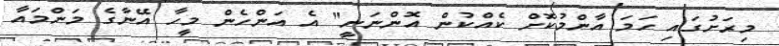
މިރަށުގައި ހަމަ އާންމުކޮށް ކެއްކުން އޮންނަނީ" އެ އަންހެން މީހާ އޭނާގެ މަންމައާ